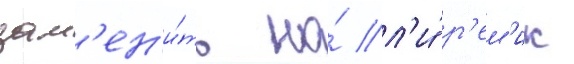
зам'ен'и́ть на́ л'и́ р'ем'ик